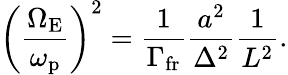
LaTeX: \left(\frac{\Omega_{\mathrm{E}}}{\omega_{\mathrm{p}}}\right)^{2}=\frac{1}{\Gamma_{\mathrm{fr}}}\frac{a^{2}}{\Delta^{2}}\frac{1}{L^{2}}.